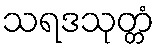
သရဒသုတ္တံ